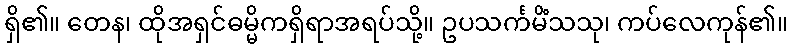
ရှိ၏။ တေန၊ ထိုအရှင်ဓမ္မိကရှိရာအရပ်သို့။ ဥပသင်္ကမိံသသု၊ ကပ်လေကုန်၏။